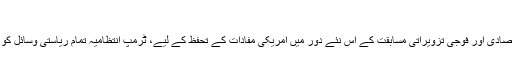
”
سفارتی، اطلاعاتی، اقتصادی اور فوجی تزویراتی مسابقت کے اس نئے دور میں امریکی مفادات کے تحفظ کے لیے، ٹرمپ انتظامیہ تمام ریاستی وسائل کو بروئے کار لائے گی۔